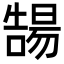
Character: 𡀻